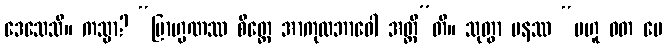
ဒေသေသိ။ ကသ္မာ? “ဗြာဟ္မဏဿ စိတ္တေ အာကုလဘာဝေါ အတ္ထီ”တိ။ သုတွာ ပနဿ “ဗဟူ ဝတ မေ